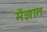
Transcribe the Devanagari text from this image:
मेंज्ञात